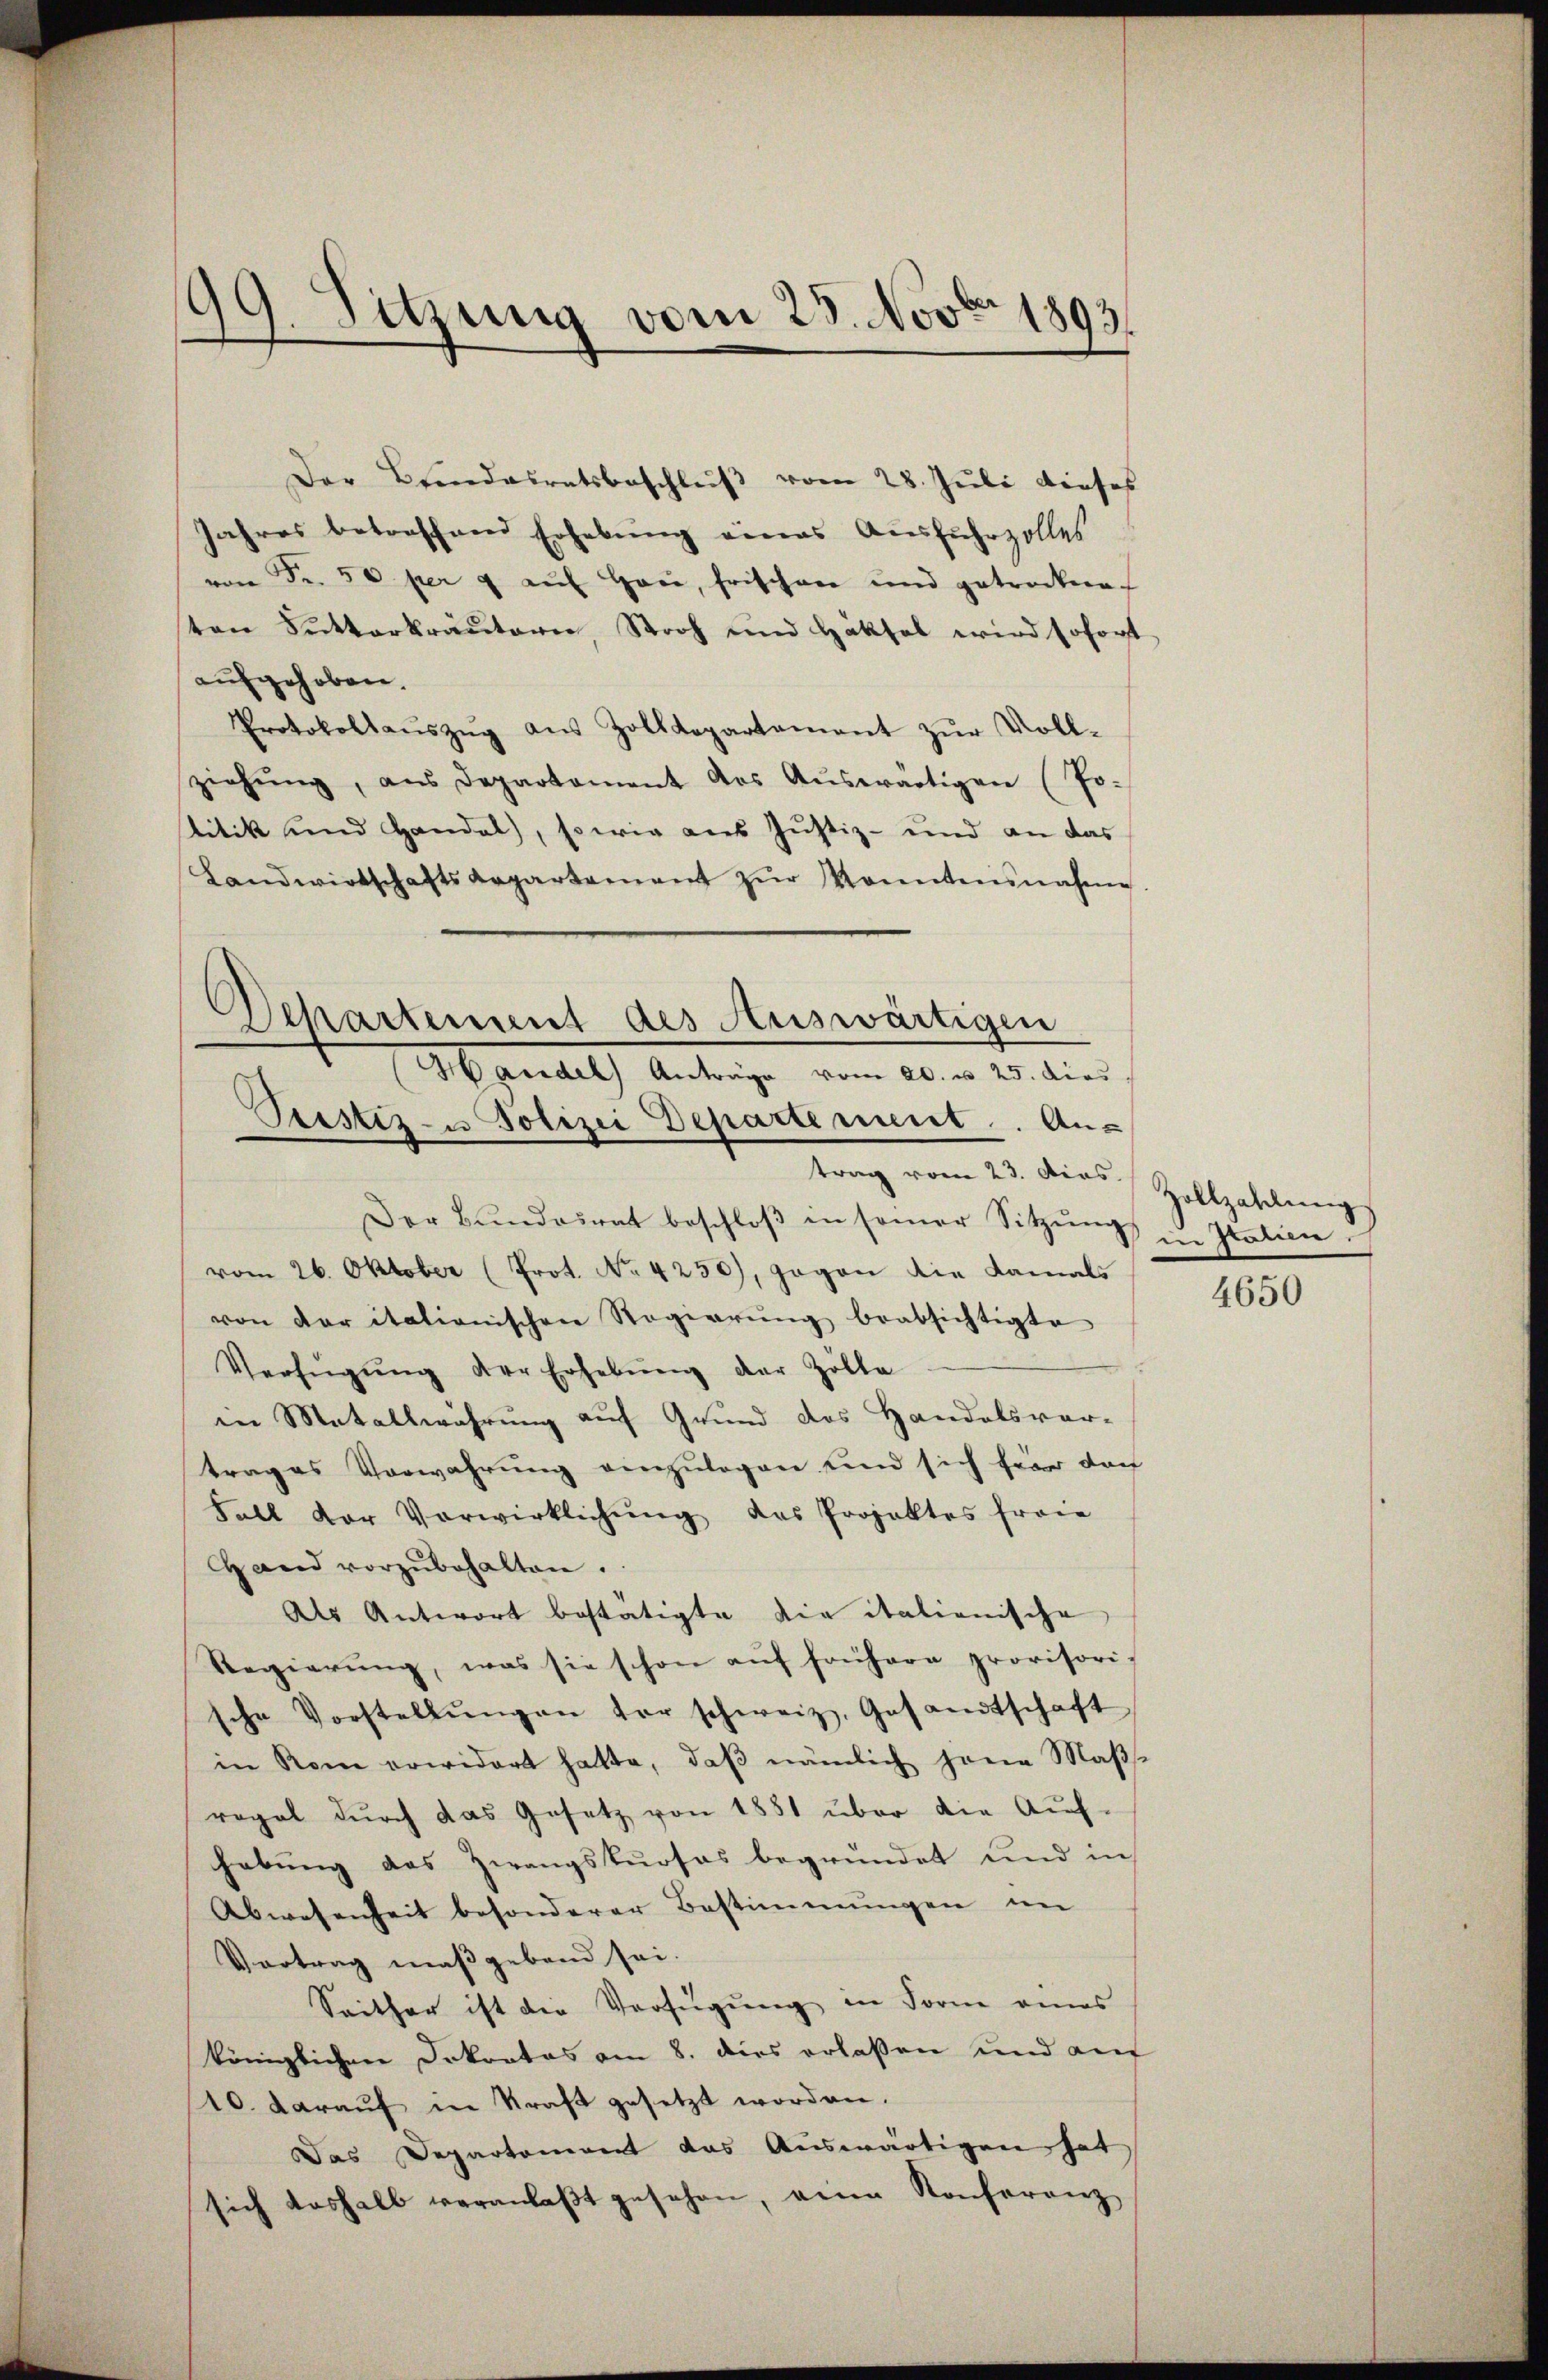
19. Sitzung vom 25. Nov. 1893.

Departement des Auswärtigen
Handel Anträge vom 20. u 25. dies
Pristiz- u Polizei Departement. An-

Der Bundesratsbeschluß vom 28. Juli dieses
Jahres betreffend Erhebŭng eines Ausfuhrzolles
von Fr. 50 per u aŭf Heu, frischen und getrockne
ten Sitterkräuterie Stroh und Haksal wird sofort
aufgehoben.
Protokollaŭszŭg aŭs Zolldepartement zŭr Voll-
ziehŭng, aus Departament das Aŭswärtigen (Jo-
titik und Handel, sowie aus Justiz- und an das
Landwirtschaftsaepartement zŭr Konntensnahme
trag vom 23. dies Zollzahlung
Der Bŭndesrat beschloβ in seiner Sitzŭng in Italien.
vom 26. Oktober (Prot. No. 4250), gegen die damals
von der italienischen Regierŭng beabsichtigte
Verfügŭng der Erhebŭng der Zölle
in Metallwahrung auf Grund das Handelsver-
trages Vorwahrung einzulegen und sich für doch
Fall der Vorwirklichŭng das Projektes fran
and vorzŭbehalten.
Als Antwort bestätigte die italienische
Regierŭng, was sie schon aŭf frühere provisoris
sche Vorstellŭngen vor schweiz. Gesandtschaft
in Rom erwidert hatte, daβ nämlich jene Mass-
regal durch das Gesetz von 1881 über die Auf-
habung des Zwangskurses begründet und in
Abwesenheit besonderer Bestimmungen im
Vortrag maßgebend sei.
Seither ist die Verfügung in Form eines
königlichen Dokratos am 8. dies erlassen und auf
10. darauf in Kraft gesetzt worden.
Das Departonirent das Auswärtigen hat
sich deshalb veranlaβt gesehen, an Konferenz

4650